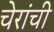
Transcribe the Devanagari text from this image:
चेरांची